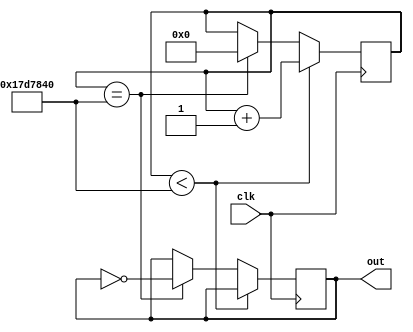
module freq_divider(clk, out);//1Hz

input clk;
reg temp;
output reg out;
reg [24:0] count;
reg [24:0] count2;

always@(posedge clk)
begin
	if(count < 25000000)
		count = count + 1;
	else if(count == 25000000)
	begin
		count = 0;
		out = ~out;
	end
end

endmodule